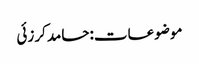
موضوعات:حامد کرزئی